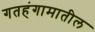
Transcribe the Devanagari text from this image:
गतहंगामातील